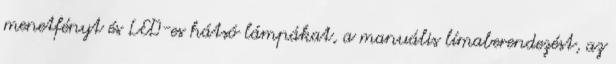
menetfényt és LED-es hátsó lámpákat, a manuális límaberendezést, az